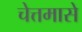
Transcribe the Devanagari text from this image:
चेत्तमासे